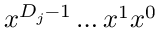
\boldsymbol { x } ^ { D _ { j } - 1 } \ldots \boldsymbol { x } ^ { 1 } \boldsymbol { x } ^ { 0 }